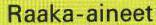
Raaka-aineet